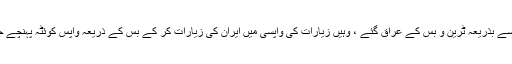
کوئٹہ ، تافتان ، زاہدان ، ایران اور ایران سے بذریعہ ٹرین و بس کے عراق گئے ، وہیں زیارات کی واپسی میں ایران کی زیارات کر کے بس کے ذریعہ واپس کوئٹہ پہنچے جہاں سے ٹرین میں لاڑکانہ واپس ہوئے ۔